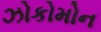
ઝોકોમોન